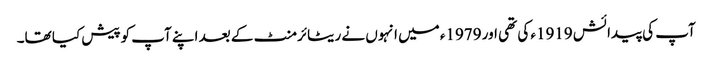
آپ کی پیدائش 1919ء کی تھی اور 1979ء میں انہوں نے ریٹائرمنٹ کے بعد اپنے آپ کوپیش کیا تھا۔